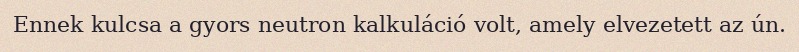
Ennek kulcsa a gyors neutron kalkuláció volt, amely elvezetett az ún.